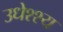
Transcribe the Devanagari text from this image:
उधेश्श्य